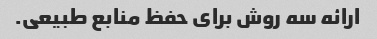
ارائه سه روش برای حفظ منابع طبیعی.